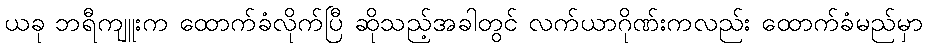
ယခု ဘရီကျူးက ထောက်ခံလိုက်ပြီ ဆိုသည့်အခါတွင် လက်ယာဂိုဏ်းကလည်း ထောက်ခံမည်မှာ